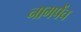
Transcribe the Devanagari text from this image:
नागपेंच